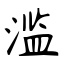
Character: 滥